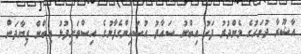
އާޝޫރާ ދުވަހުގެ މެންދުރު ފަހު އިބްނު ސައާދު ޙުސައިންގެފާނުގެ އިސްތަށިފުޅު އިބްން ޒިޔާދަށް